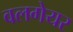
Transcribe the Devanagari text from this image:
वलगेयर